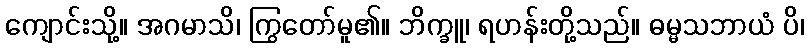
ကျောင်းသို့။ အဂမာသိ၊ ကြွတော်မူ၏။ ဘိက္ခူ၊ ရဟန်းတို့သည်။ ဓမ္မသဘာယံ ပိ၊